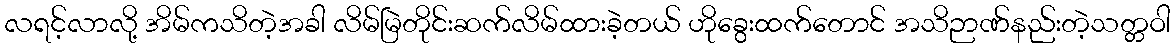
လရင့်လာလို့ အိမ်ကသိတဲ့အခါ လိမ်မြဲတိုင်းဆက်လိမ်ထားခဲ့တယ် ဟိုခွေးထက်တောင် အသိဉာဏ်နည်းတဲ့သတ္တဝါ